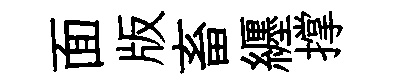
面版畜纒撑